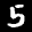
Label: 5